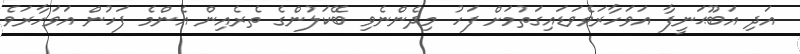
އަދި އަބޫޙަނީފާ އަވަހާރަވެވަޑައިގަތުމަށް ފަހު މިދެންނެވި ބޭކަލުންގެ ތެރެއިން އެންމެ ފަހުން އަވަހާރަވެ